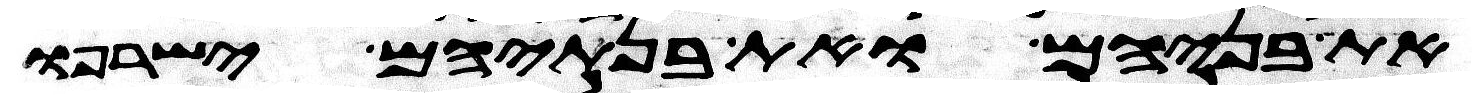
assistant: את בניהם ואת בנתיהם ישרפו